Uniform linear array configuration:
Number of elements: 64
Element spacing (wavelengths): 0.25
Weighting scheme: binomial
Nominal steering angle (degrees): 60
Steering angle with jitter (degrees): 58.999
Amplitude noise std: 0.05
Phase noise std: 0.05

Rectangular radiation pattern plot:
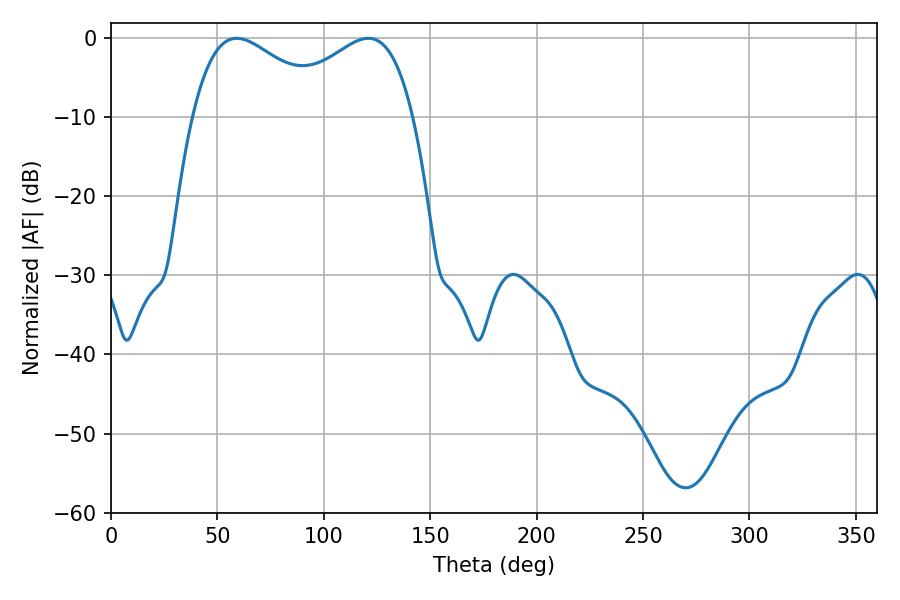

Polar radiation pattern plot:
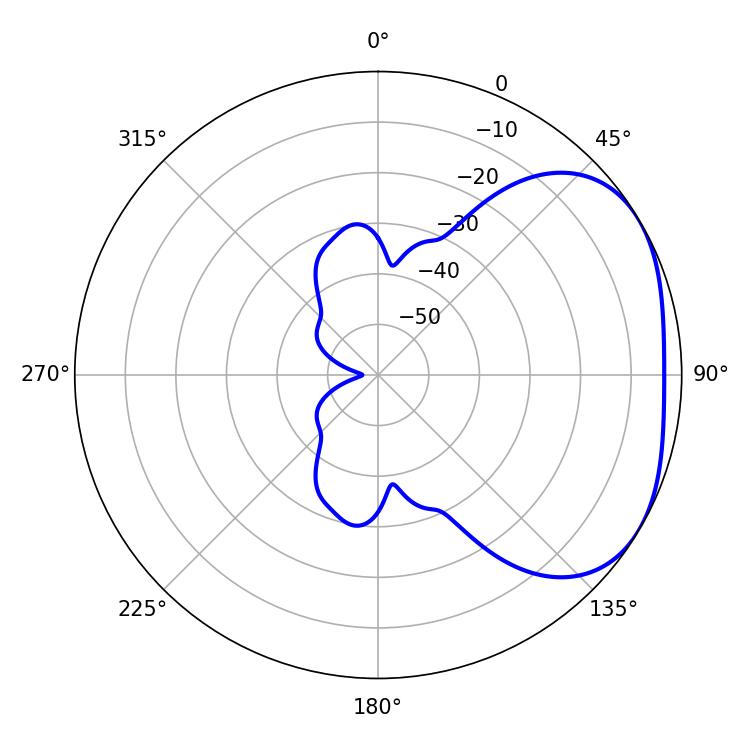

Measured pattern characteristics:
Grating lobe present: FALSE
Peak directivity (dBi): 2.833
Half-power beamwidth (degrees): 35.46
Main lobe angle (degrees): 59.04